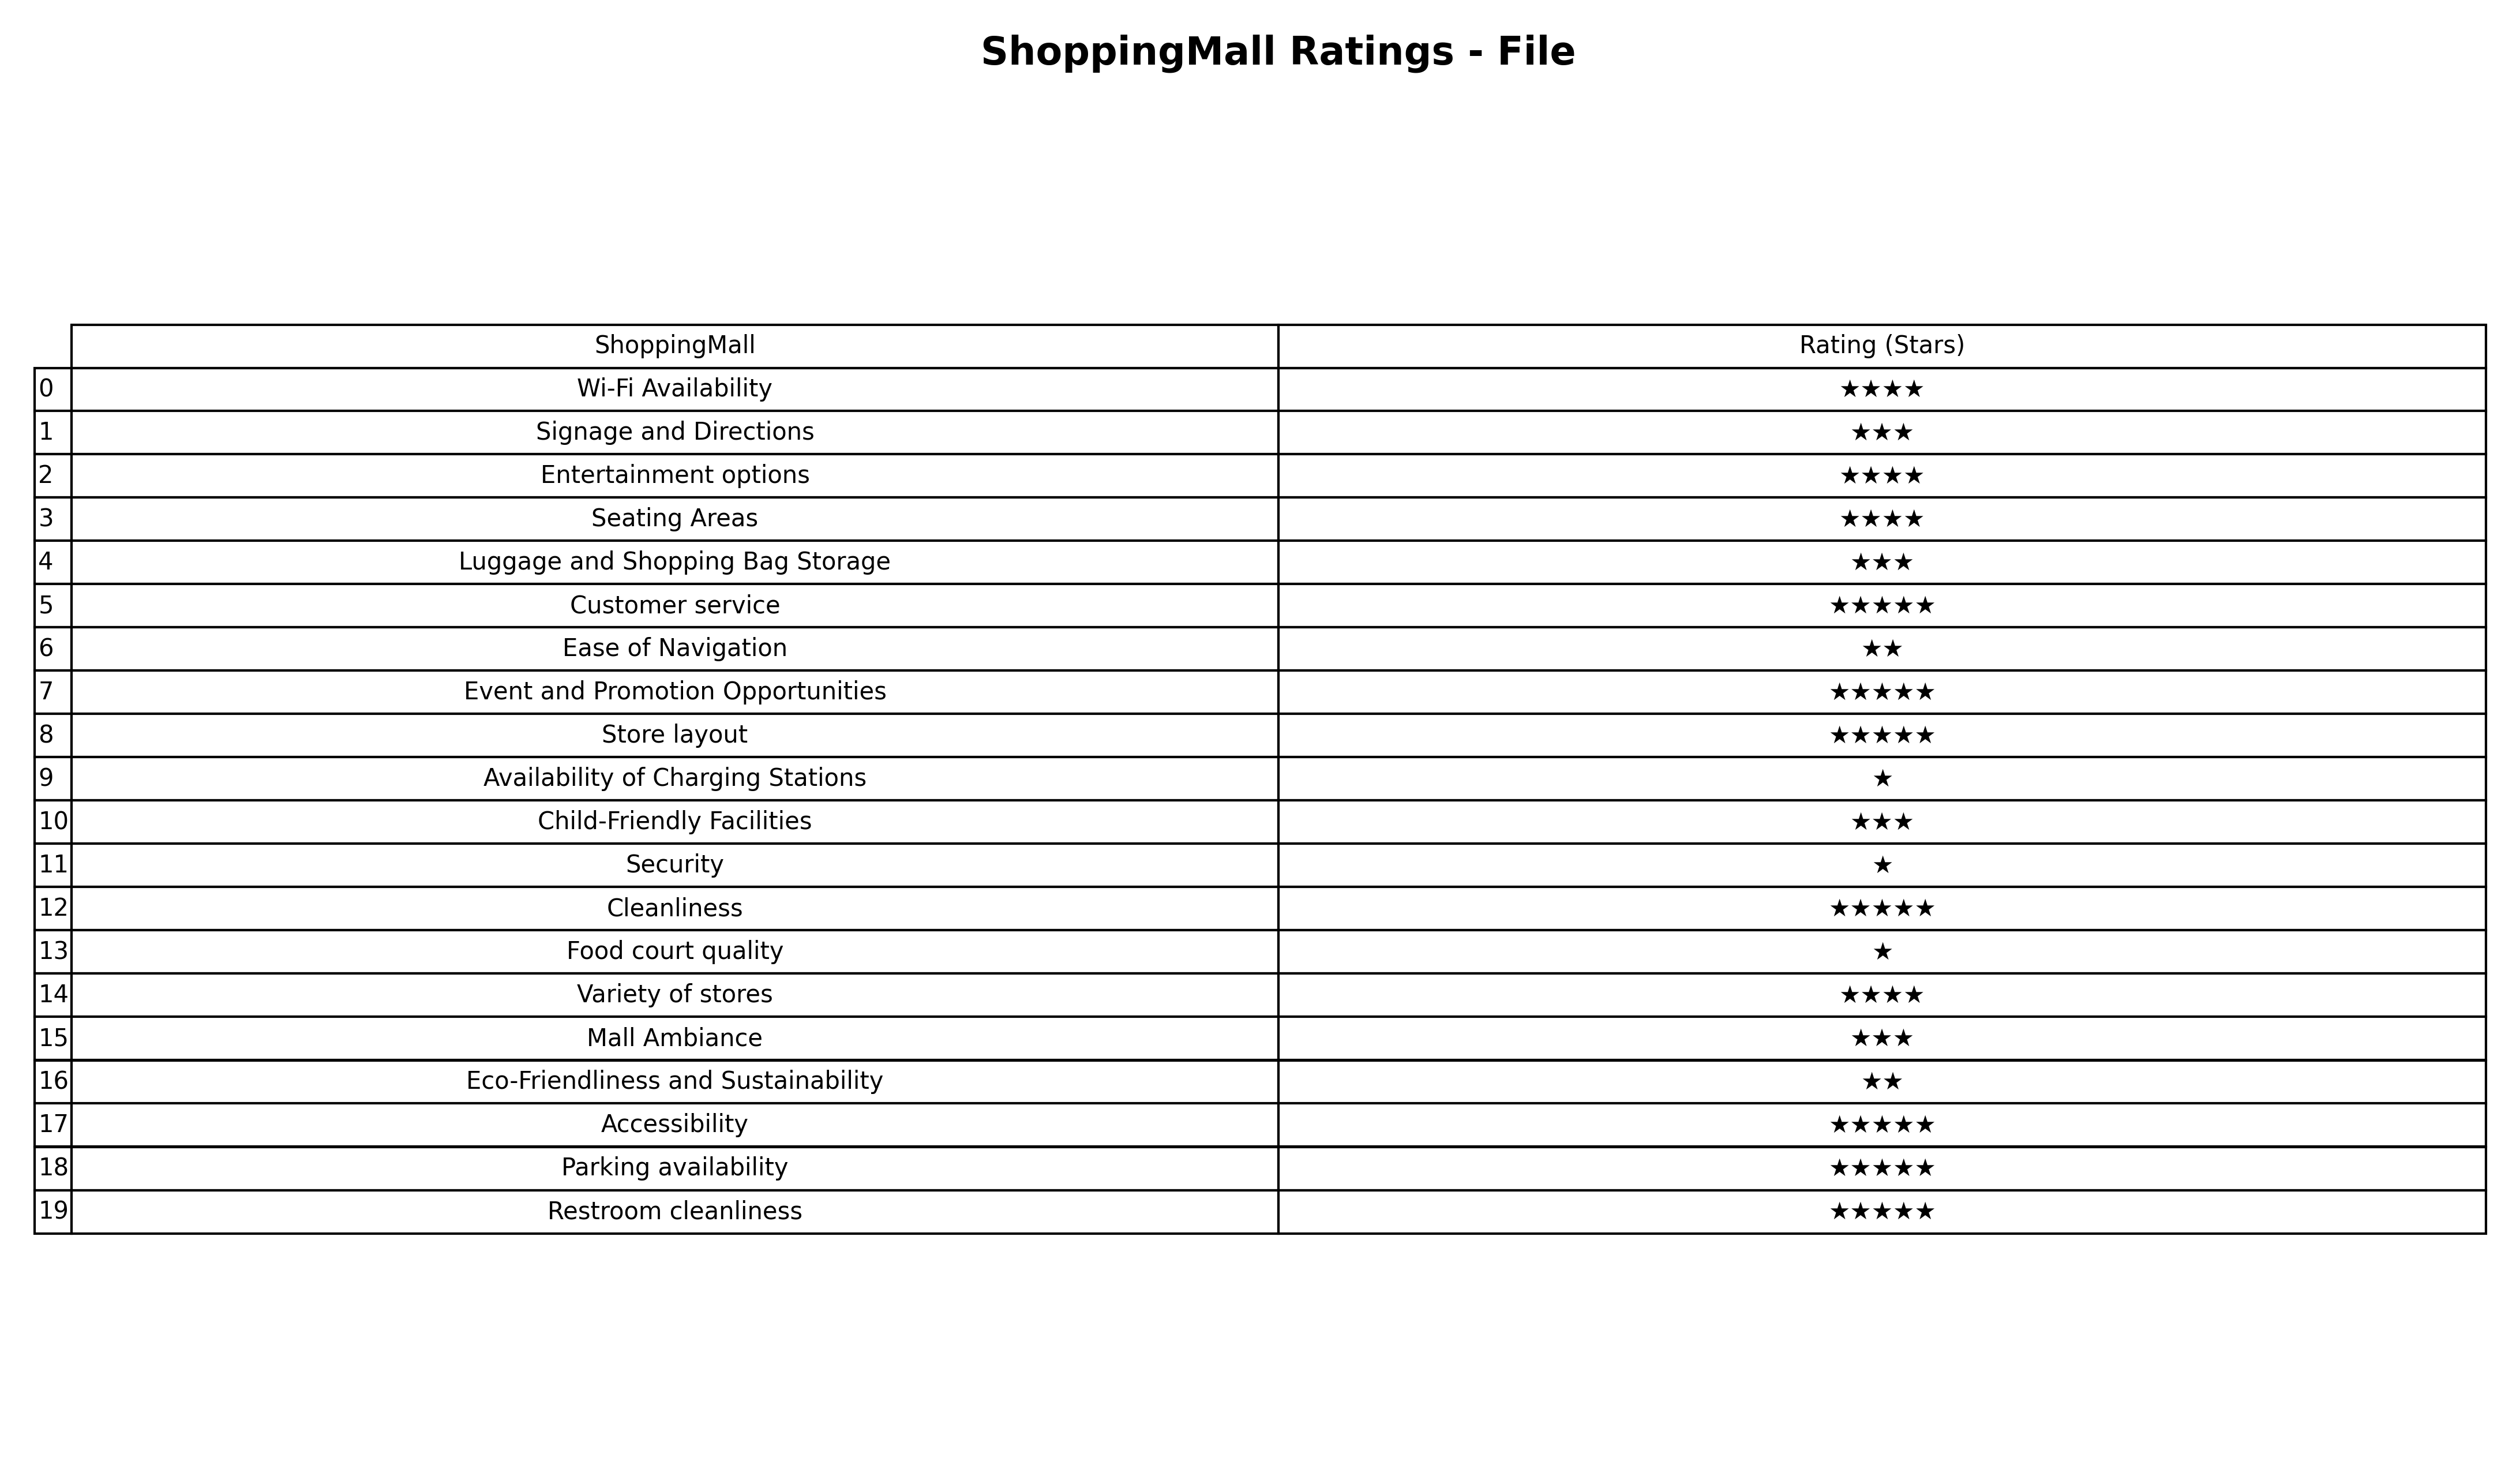
question: What are lowest rating services?
answer: Ease of NavigationEco-Friendliness and Sustainability